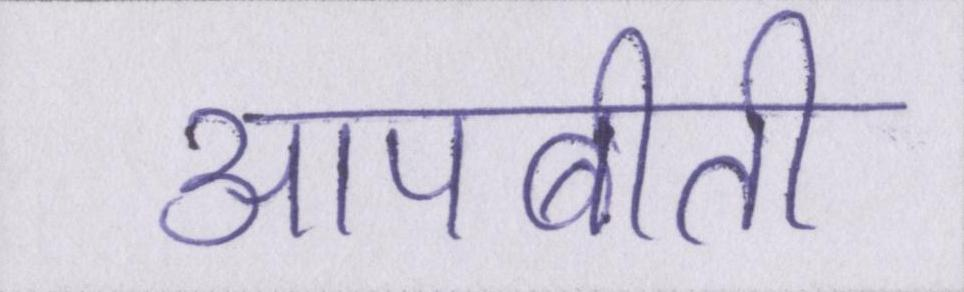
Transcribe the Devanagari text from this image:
आपबीती